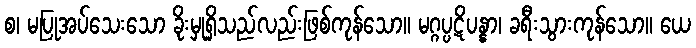
စ၊ မပြုအပ်သေးသော ခိုးမှုရှိသည်လည်းဖြစ်ကုန်သော။ မဂ္ဂပ္ပဋိပန္နာ၊ ခရီးသွားကုန်သော။ ယေ